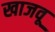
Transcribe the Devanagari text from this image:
खाजवू